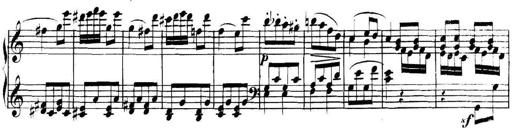
Title: Collected Piano Sonatas
Composer: Muzio Clementi